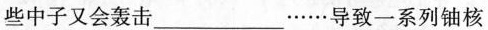
些中子又会轰击___……导致一系列铀核